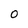
Character: O